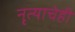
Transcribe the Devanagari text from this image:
नृत्याचेही